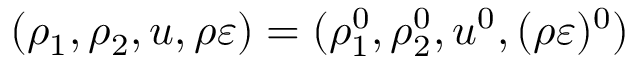
( \rho _ { 1 } , \rho _ { 2 } , u , \rho \varepsilon ) = ( \rho _ { 1 } ^ { 0 } , \rho _ { 2 } ^ { 0 } , u ^ { 0 } , ( \rho \varepsilon ) ^ { 0 } )